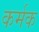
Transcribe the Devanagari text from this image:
कर्मक